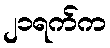
၂၁ရက်က